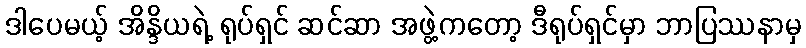
ဒါပေမယ့် အိန္ဒိယရဲ့ ရုပ်ရှင် ဆင်ဆာ အဖွဲ့ကတော့ ဒီရုပ်ရှင်မှာ ဘာပြဿနာမှ